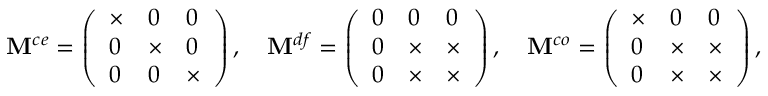
\mathbf { M } ^ { c e } = \left( \begin{array} { l l l } { \times } & { 0 } & { 0 } \\ { 0 } & { \times } & { 0 } \\ { 0 } & { 0 } & { \times } \end{array} \right) , \quad \mathbf { M } ^ { d f } = \left( \begin{array} { l l l } { 0 } & { 0 } & { 0 } \\ { 0 } & { \times } & { \times } \\ { 0 } & { \times } & { \times } \end{array} \right) , \quad \mathbf { M } ^ { c o } = \left( \begin{array} { l l l } { \times } & { 0 } & { 0 } \\ { 0 } & { \times } & { \times } \\ { 0 } & { \times } & { \times } \end{array} \right) ,